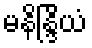
မနိန္ဒြိယံ